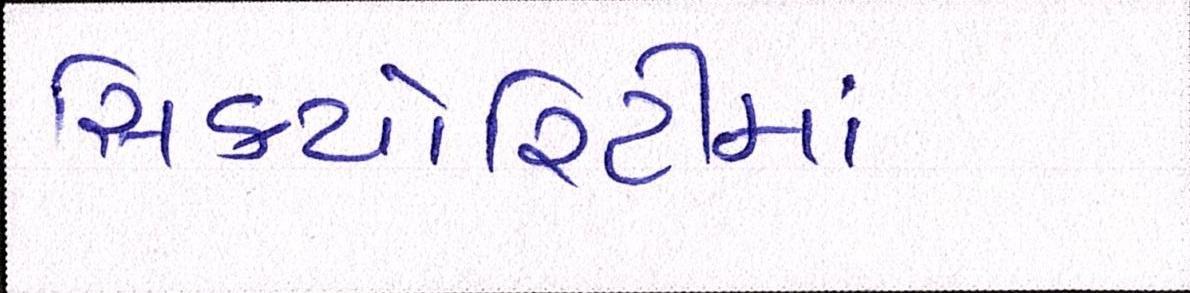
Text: સિક્યોરિટીમાં